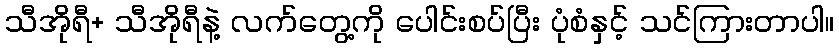
သီအိုရီ+ သီအိုရီနဲ့ လက်တွေ့ကို ပေါင်းစပ်ပြီး ပုံစံနှင့် သင်ကြားတာပါ။